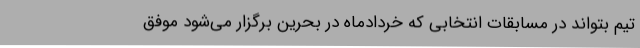
تیم بتواند در مسابقات انتخابی که خردادماه در بحرین برگزار می‌شود موفق